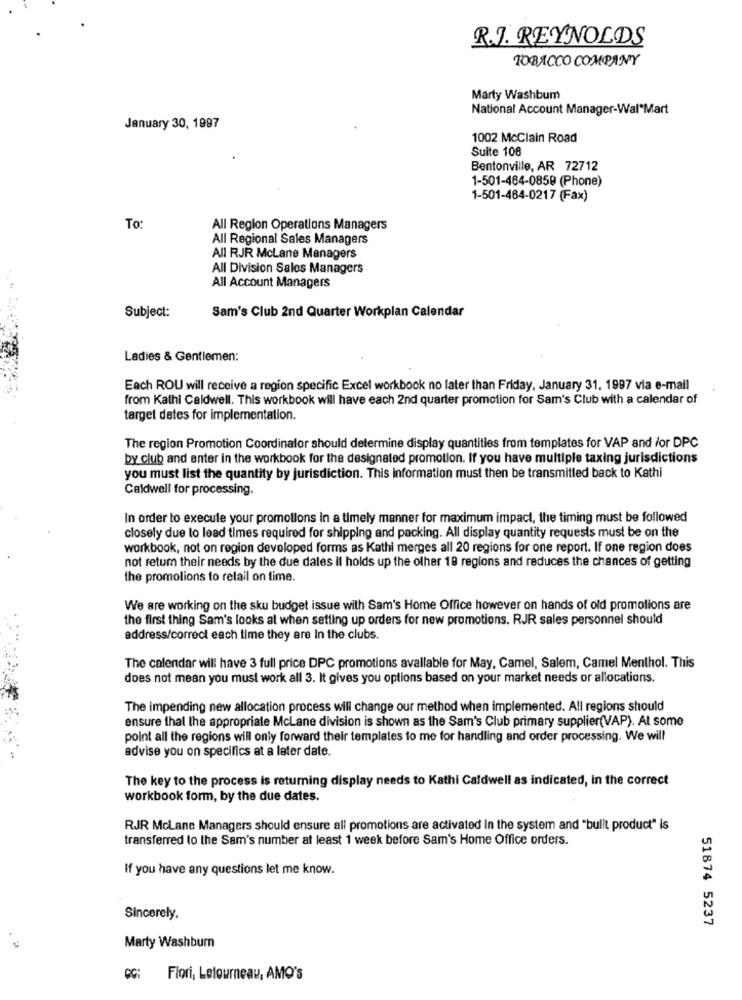
R.J. REYNOLDS
TOBACCO COMPANY
Marty Washbum
National Account Manager-Wal Mart
January 30, 1997
1002 McClain Road
Suite 108
Bentonville, AR 72712
1-501-464-0859 (Phone)
1-501-484-0217 (Fax)
To:
All Region Operations Managers
All Regional Sales Managers
All RJR McLane Managers
All Division Sales Managers
All Account Managers
Sam's Club 2nd Quarter Workplan Calendar
Subject:
Ladies & Gentlemen:
Each ROU will receive a region specific Excel workbook no later than Friday, January 31, 1997 via e-mail
from Kathi Caldwell. This workbook will have each 2nd quarter promotion for Sam's Club with a calendar of
target dates for implementation.
The region Promotion Coordinator should determine display quantities from templates for VAP and /or DPC
by club and enter in the workbook for the designated promotion. If you have multiple taxing jurisdictions
you must list the quantity by jurisdiction. This information must then be transmitted back to Kathi
Caldwell for processing.
In order to execute your promollons in a timely manner for maximum impact, the timing must be followed
closely due to lead times required for shipping and packing. All display quantity requests must be on the
workbook, not on region developed forms as Kathi merges all 20 regions for one report. If one region does
not retum their needs by the due dales il holds up the other 19 regions and reduces the chances of getting
the promolions to retail on time.
We are working on the sku budget issue with Sam's Home Office however on hands of old promotions are
the first thing Sam's looks at when setting up orders for new promotions. RJR sales personnel should
address/correct each time they are In the clubs.
The calendar will have 3 full price DPC promotions avallable for May, Camel, Salem, Camel Menthol. This
does not mean you must work all 3. It gives you options based on your market needs or allocations.
The impending new allocation process will change our method when implemented. All regions should
ensure that the appropriate McLane division is shown as the Sam's Club primary supplier(VAP). At some
point all the regions will only forward their templates to me for handling and order processing. We will
advise you on specifics at a later date.
The key to the process is returning display needs to Kathi Caldwell as indicated, In the correct
workbook form, by the due dates.
RJR McLane Managers should ensure all promotions are activated in the system and "bulit product" is
transferred to the Sam's number at least 1 week before Sam's Home Office orders.
If you have any questions let me know.
Sincerely,
51874 5237
Marty Washburn
CC: Fiori, Letourneau, AMO's